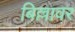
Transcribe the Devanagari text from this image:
बिल्लावर